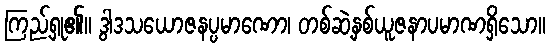
ကြည့်ရှု၏။ ဒွါဒသယောဇနပ္ပမာဏော၊ တစ်ဆဲ့နှစ်ယူဇနာပမာဏရှိသော။